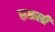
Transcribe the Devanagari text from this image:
रुळली